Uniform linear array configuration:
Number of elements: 24
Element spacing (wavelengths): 0.25
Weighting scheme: blackman
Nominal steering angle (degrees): -45
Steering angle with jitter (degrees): -46.098
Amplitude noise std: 0.05
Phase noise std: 0.05

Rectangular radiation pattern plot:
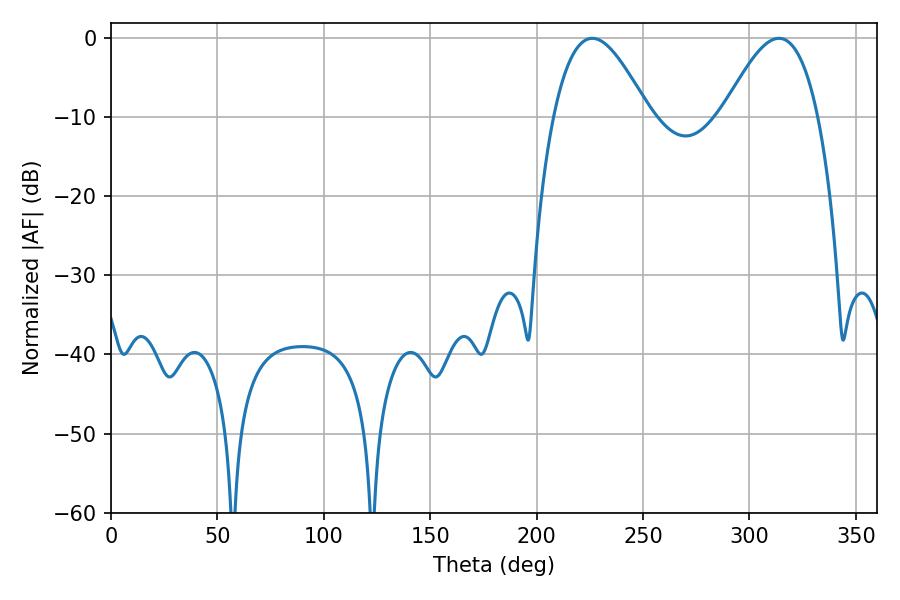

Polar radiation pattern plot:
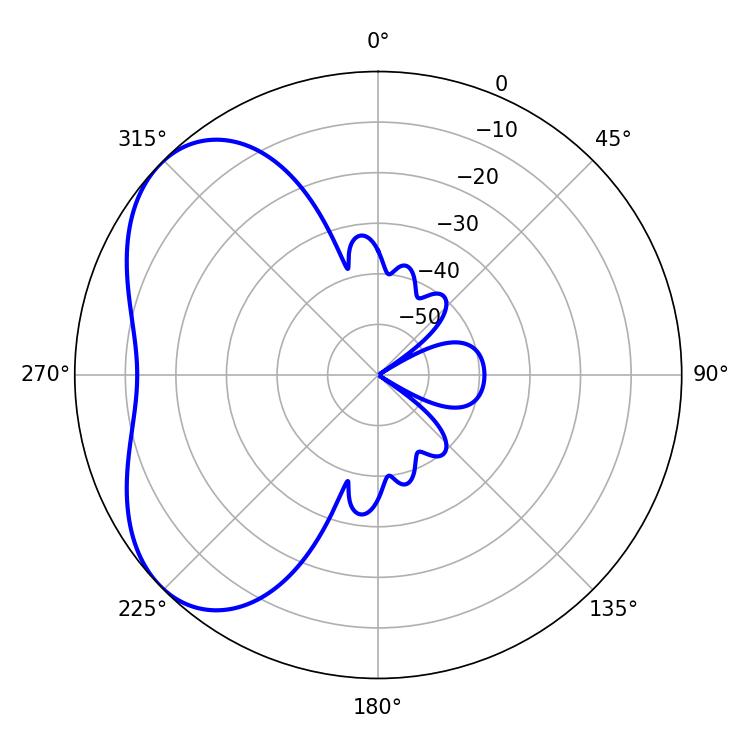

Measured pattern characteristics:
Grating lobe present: FALSE
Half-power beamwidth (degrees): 24.12
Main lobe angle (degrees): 226.08